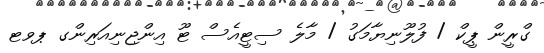
ގްރީން ޕީކް / ފުލޫނިޔާމަގު / މާލެ ސިޓީއެސް ޓޫ އިންޖިނިއަރިންގ ޕވޓ